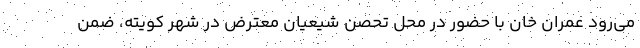
می‌رود عمران خان با حضور در محل تحصن شیعیان معترض در شهر کویته، ضمن